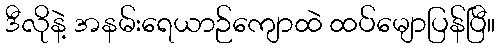
ဒီလိုနဲ့ အနမ်းရေယာဉ်ကျောထဲ ထပ်မျောပြန်ပြီ။